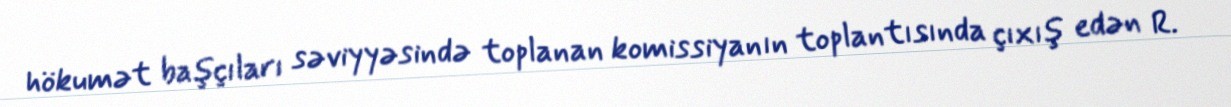
hökumət başçıları səviyyəsində toplanan komissiyanın toplantısında çıxış edən R.